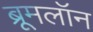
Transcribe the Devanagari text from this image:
ब्रूमलॉन